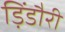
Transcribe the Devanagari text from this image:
ड़िंडौरी